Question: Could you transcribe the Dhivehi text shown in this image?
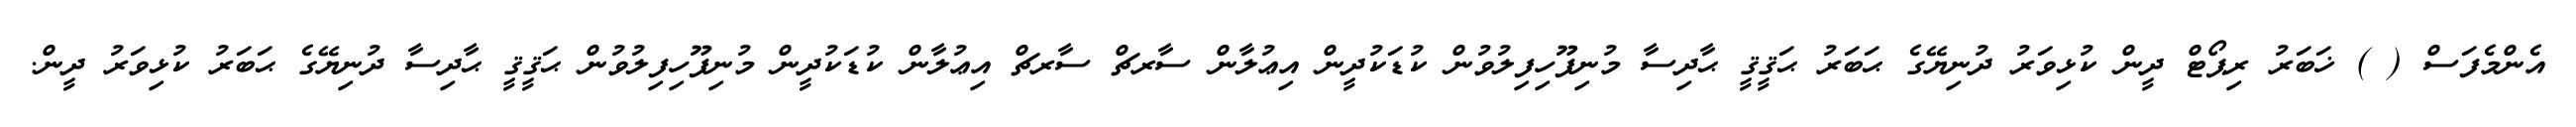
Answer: އެންމެފަސް ( ) ޚަބަރު ރިޕޯޓް ދީން ކުޅިވަރު ދުނިޔޭގެ ޙަބަރު ޙަޤީޤީ ޙާދިސާ މުނިފޫހިފިލުވުން ކުޑަކުދީން އިޢުލާން ސާރޗް ސާރޗް އިޢުލާން ކުޑަކުދީން މުނިފޫހިފިލުވުން ޙަޤީޤީ ޙާދިސާ ދުނިޔޭގެ ޙަބަރު ކުޅިވަރު ދީން.